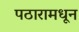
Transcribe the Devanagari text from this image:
पठारामधून